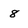
Character: 8